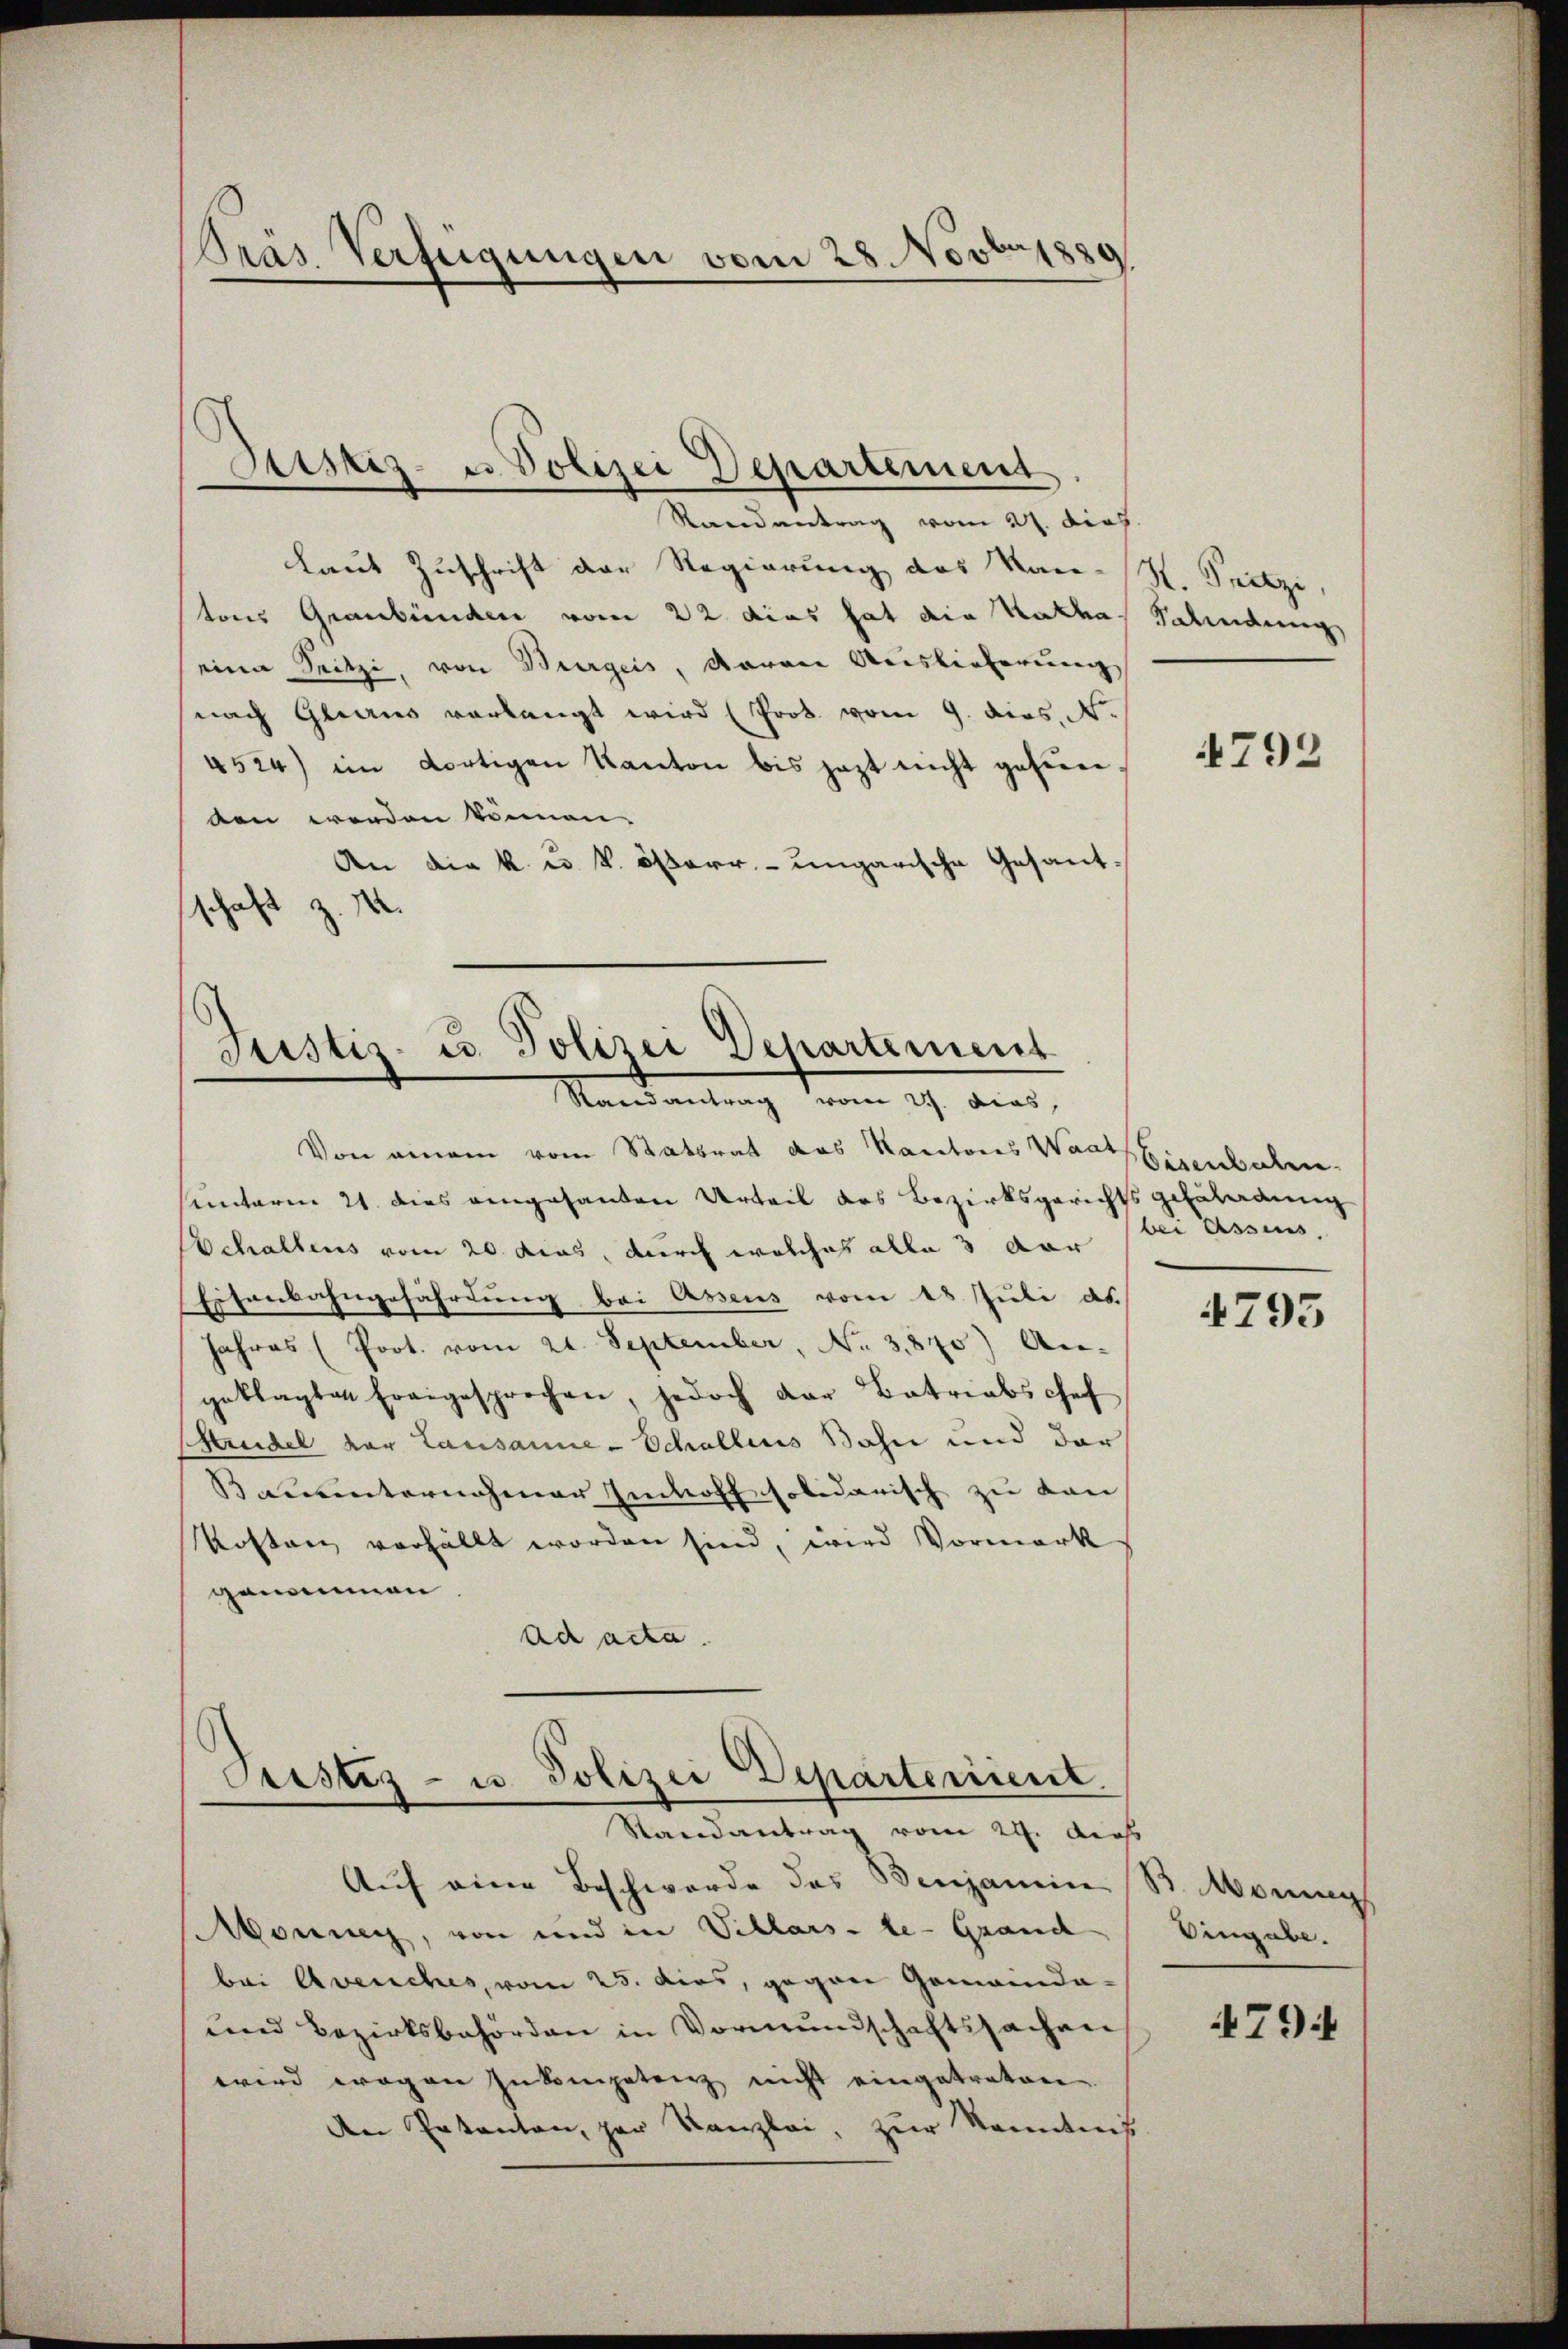
Pras. Verfügungen vom 28. Novbr 1889

Randantrag vom 27. dies
Laut Zuschrift der Regierung des Kan-K. Fritzi,
tons Graubünden vom 22 dies hat die Katha Balindung
einer Seitzi, von Burgeis, davon Auslieferung
nach Glarus verlangt wird (Prob. vom 9. dies. N.
4524) im dortigen Kanton bis jezt nicht gefunden werden können.
An die k. u. k. österr.-ungarische Gesantschaft z. 14.

Durstiz- u. Polizei Departement

Justiz- u. Polizei Departement
Mandantung denn ich die

Von einem vom Stattrat das Kantons Waisenbachen
sunteren 21. dies eingesanten Urteil des Bezirksgerichts gefäladung
Echaltens vom 20. dies, durch welches alle 3 dar
Eisenbahngefährdung bei Assens vom 28 Juli d.
Jahres (Prot. vom 21. September, No. 3870) An-
geklagten Fragesprochen, jedoch der Batriabschef
shandel der Lausanne - Schallens Bahn und der
Bauunternehmer Imhoff solidarisch zu kan
Kosten verhällt worden sind, wird Vormerk
genommen.
ad acta.

Pustes- u. Polizei Departerient
d
Randantrag vom 24. dieß

Auf eine Beschwerde des Benjamin B. Morg
Abonnen, von und in Schlars-le-Grand
bei Avenches, vom 23. dies, gegen Gemeinda-
und Bezirksbehörden in Vormundschaftssachen
wird wegen Inkompetenz nicht eingetreten
An Patenton, par Kanzlei, zur Kenntnis

792

bei Assens,

4795

Eingabe.

794